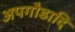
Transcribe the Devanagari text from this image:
अपगौडादि